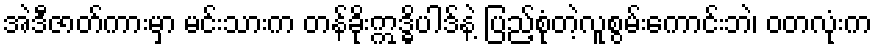
အဲဒီဇာတ်ကားမှာ မင်းသားက တန်ခိုးဣဒ္ဓိပါဒ်နဲ့ ပြည့်စုံတဲ့လူစွမ်းကောင်းဘဲ၊ ဝတလုံးက